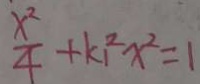
\frac { x ^ { 2 } } { 4 } + k _ { 1 } ^ { 2 } x ^ { 2 } = 1